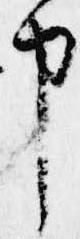
申